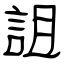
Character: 詛